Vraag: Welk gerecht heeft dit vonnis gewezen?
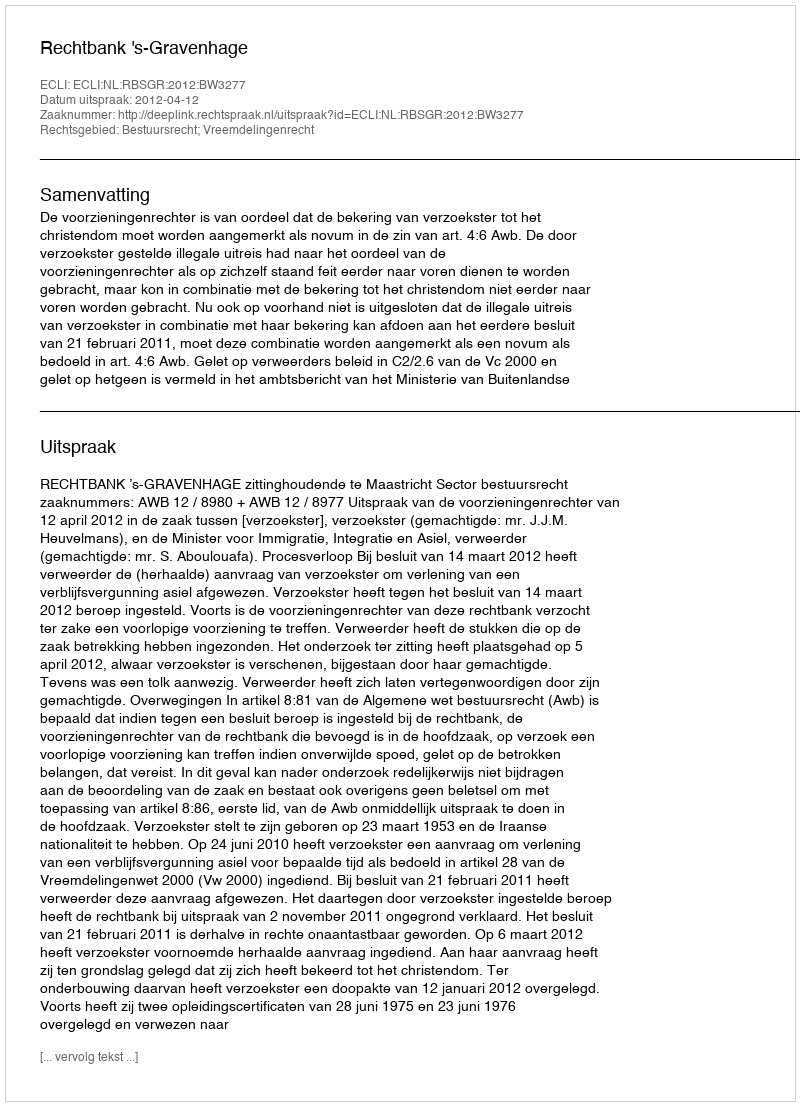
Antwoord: Rechtbank 's-Gravenhage